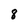
Character: 8